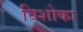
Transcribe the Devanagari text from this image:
विशोका